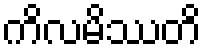
ကိလမိဿတိ